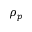
\rho _ { p }